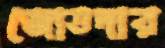
জোতদার